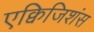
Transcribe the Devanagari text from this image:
एक्विजिशंस